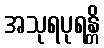
အသုရပုရန္တိ